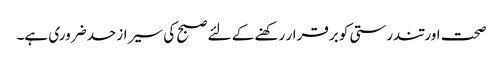
صحت اور تندرستی کو برقرار رکھنے کے لئے صبح کی سیر ازحد ضروری ہے۔